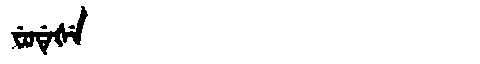
Manchu: ᠸᡠᡩᡝᡧᡝ
Romanization: FUDEŠE